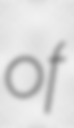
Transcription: of